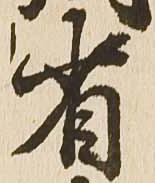
省